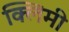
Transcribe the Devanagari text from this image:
क्लिमी